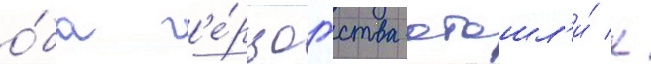
о́ба г'е́рцогства отошл'и́ к